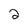
Character: 2